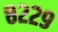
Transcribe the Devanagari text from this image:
८२२९